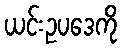
ယင်းဥပဒေကို